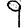
Digit: 9